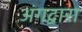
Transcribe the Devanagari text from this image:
अंगद्वारा